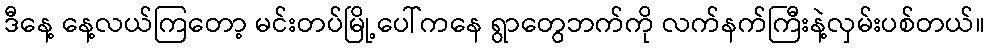
ဒီနေ့ နေ့လယ်ကြတော့ မင်းတပ်မြို့ပေါ်ကနေ ရွာတွေဘက်ကို လက်နက်ကြီးနဲ့လှမ်းပစ်တယ်။